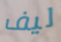
ليف